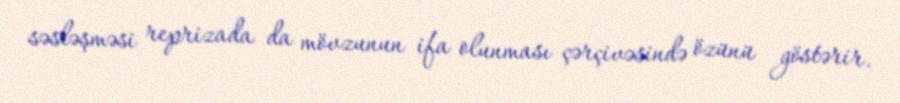
səsləşməsi reprizada da mövzunun ifa olunması çərçivəsində özünü göstərir.